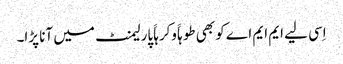
اِسی لیے ایم ایم اے کو بھی طوہاََ وکرہاََ پارلیمنٹ میں آنا پڑا۔